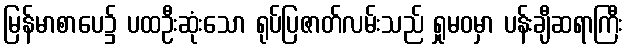
မြန်မာစာပေ၌ ပထဦးဆုံးသော ရုပ်ပြဇာတ်လမ်းသည် ရှုမဝမှာ ပန်းချီဆရာကြီး